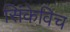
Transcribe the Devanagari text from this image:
सिंकेविच